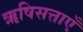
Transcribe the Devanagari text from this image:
ऋषिसत्ताएँ